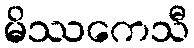
မိဿကေသီ